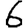
Digit: 6